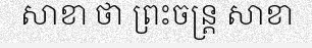
សាខា ថា ព្រះចន្ត្រ សាខា